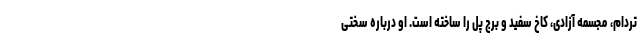
تردام، مجسمه آزادی، کاخ سفید و برج پل را ساخته است. او درباره سختی